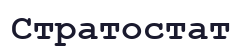
Стратостат